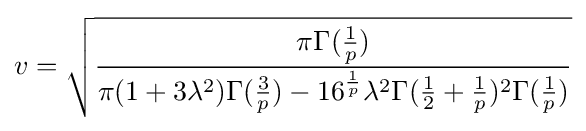
v={\sqrt {\frac {\pi \Gamma ({\frac {1}{p}})}{\pi (1+3\lambda ^{2})\Gamma ({\frac {3}{p}})-16^{\frac {1}{p}}\lambda ^{2}\Gamma ({\frac {1}{2}}+{\frac {1}{p}})^{2}\Gamma ({\frac {1}{p}})}}}